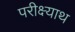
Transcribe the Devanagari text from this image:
परीक्ष्याथ